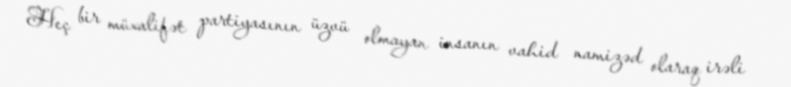
Heç bir müxalifət partiyasının üzvü olmayan insanın vahid namizəd olaraq irəli